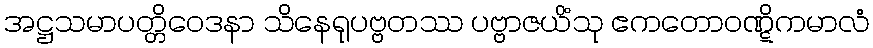
အဋ္ဌသမာပတ္တိဝေဒနာ သိနေရုပဗ္ဗတဿ ပဗ္ဗာဇယိံသု ဧကတောဝဏ္ဋိကမာလံ